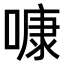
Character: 𠻞